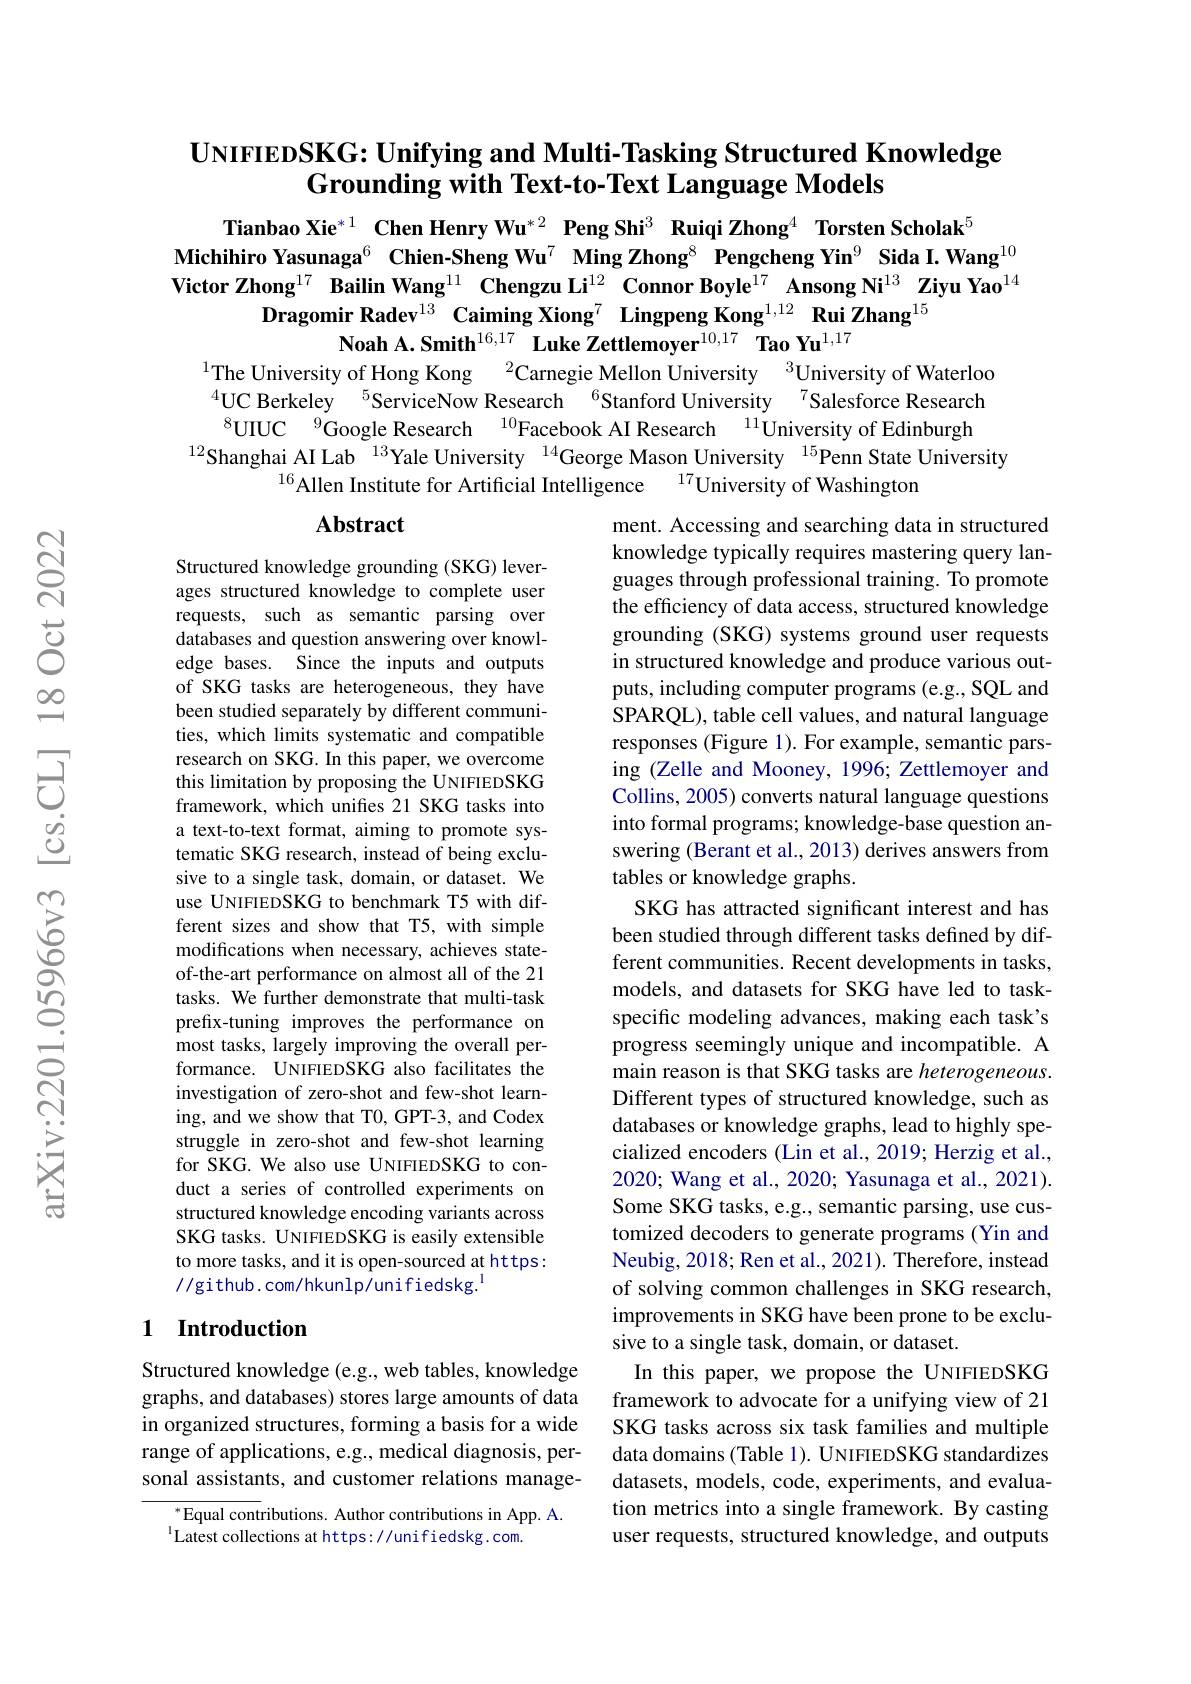
## $\mathbf{UNIFIEDSKG:Unifying~and~Multi-Tasking~Structured~Knowledge}$ Grounding with Text-to-Text Language Models

Tianbao Xie$^{*1}$ Chen Henry Wu$^{*2}$ Peng Shi$^{3}$ Ruiqi Zhong$^{4}$ Torsten Scholak$^{5}$
Michihiro Yasunaga$^{6}$ Chien-Sheng Wu$^{7}$ Ming Zhong$^{8}$ Pengcheng Yin$^{9}$ Sida I.Wang$^{10}$ Victor Zhong$^{17}$ Bailin Wang$^{11}$ Chengzu Li$^{12}\textbf{Connor Boyle}^{17}$ Ansong Ni$^{13}$ Ziyu Yao$^{14}$
Dragomir Radev$^{13}$ Caiming Xiong$^{7}$ Lingpeng Kong$^{1,12}\textbf{ Rui Zhang}^{15}$
Noah A. Smith$^{16,17}\textbf{Luke Zettlemoyer}^{10,17}\textbf{Tao Yu}^{1,17}$
$^{1}$The University of Hong Kong $^{2}$Carnegie Mellon University$^{3}$University of Waterloo

$^{4}$UC Berkeley $^{5}$ServiceNow Research $^{6}$Stanford University$^{7}$Salesforce Research $^{8}$UIUC$^{9}$Google Research$^{10}$Facebook AI Research$^{11}$University of Edinburgh
$^{12}$Shanghai AI Lab$^{13}$Yale University$^{14}$George Mason University$^{15}$Penn State University
$^{16}$Allen Institute for Artificial Intelligence$\:^{17}$University of Washington

Abstract

Structured knowledge grounding (SKG) leverages structured knowledge to complete user requests, such as semantic parsing over databases and question answering over knowledge bases. Since the inputs and outputs of SKG tasks are heterogeneous, they have been studied separately by different communities, which limits systematic and compatible research on SKG. In this paper, we overcome this limitation by proposing the UNIFIEDSKG framework, which unifes 21 SKG tasks into a text-to-text format, aiming to promote systematic SKG research, instead of being exclusive to a single task, domain, or dataset. We use UNIFIEDSKG to benchmark T5 with different sizes and show that T5, with simple modifications when necessary, achieves stateof-the-art performance on almost all of the 21 tasks. We further demonstrate that multi-task prefix-tuning improves the performance on most tasks, largely improving the overall performance. UNIFIEDSKG also facilitates the investigation of zero-shot and few-shot learning, and we show that T0, GPT-3, and Codex struggle in zero-shot and few-shot learning for SKG. We also use UNIFIEDSKG to conduct a series of controlled experiments on structured knowledge encoding variants across SKG tasks. UNIFIEDSKG is easily extensible to more tasks, and it is open-sourced at https: //github.com/hkunlp/unifiedskg.

ment. Accessing and searching data in structured knowledge typically requires mastering query languages through professional training. To promote the efficiency of data access, structured knowledge grounding (SKG) systems ground user requests in structured knowledge and produce various outputs, including computer programs (e.g., SQL and SPARQL), table cell values, and natural language responses (Figure 1). For example, semantic parsing (Zelle and Mooney, 1996; Zettlemoyer and Collins, 2005) converts natural language questions into formal programs; knowledge-base question answering (Berant et al., 2013) derives answers from tables or knowledge graphs.
SKG has attracted significant interest and has been studied through different tasks defined by different communities. Recent developments in tasks, models, and datasets for SKG have led to taskspecific modeling advances, making each task's progress seemingly unique and incompatible. A main reason is that SKG tasks are heterogeneous. Different types of structured knowledge, such as databases or knowledge graphs, lead to highly specialized encoders (Lin et al., 2019; Herzig et al., 2020; Wang et al., 2020; Yasunaga et al., 2021). Some SKG tasks, e.g., semantic parsing, use customized decoders to generate programs (Yin and Neubig, 2018; Ren et al., 2021). Therefore, instead of solving common challenges in SKG research, improvements in SKG have been prone to be exclusive to a single task, domain, or dataset.
In this paper, we propose the UNIFIEDSKG framework to advocate for a unifying view of 21 SKG tasks across six task families and multiple data domains (Table 1). UNIFIEDSKG standardizes datasets, models, code, experiments, and evaluation metrics into a single framework. By casting user requests, structured knowledge, and outputs

## 1 Introduction

Structured knowledge (e.g., web tables, knowledge graphs, and databases) stores large amounts of data in organized structures, forming a basis for a wide range of applications, e.g., medical diagnosis, personal assistants, and customer relations manage-

$^{*}$Equal contributions. Author contributions in App. A.
$^{\mathrm{l}}$Latest collections at https://unifiedskg.com.